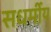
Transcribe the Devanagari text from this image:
सधर्मीय